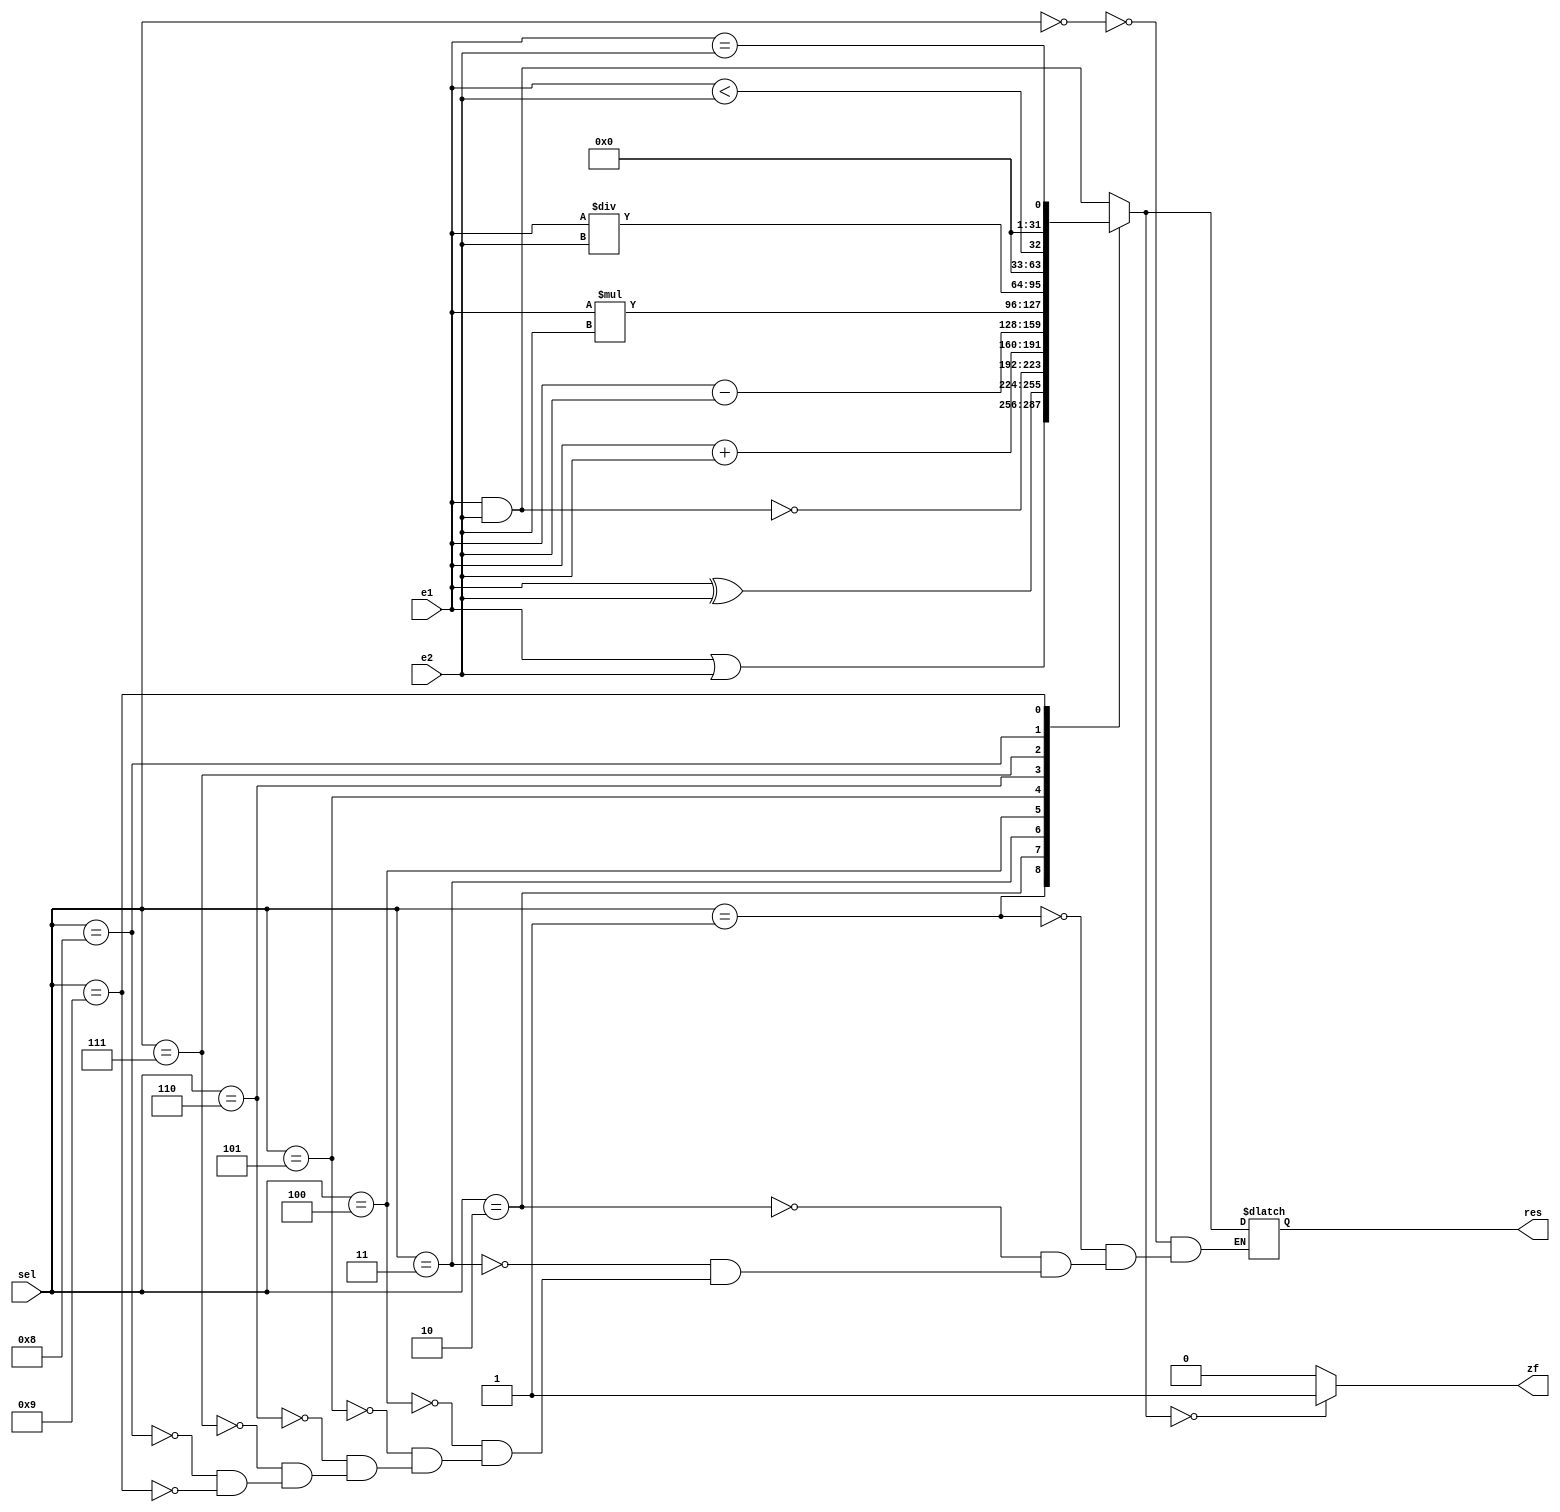
module ALU(
input [31:0] e1, e2,
input [3:0] sel,
output reg zf,
output reg [31:0] res
);
always @(*)
	begin
		case (sel) 
			4'b0000:
				begin
					res= e1&e2;
				end
			4'b0001:
				begin
					res= e1|e2;
				end
			4'b0010:
				begin
					res= e1^e2;
				end
			4'b0011:
				begin
					res= ~(e1&e2);
				end
			4'b0100:
				begin
					res= e1+e2;
				end
			4'b0101:
				begin
					res= e1-e2;
				end
			4'b0110:
				begin
					res= e1*e2;
				end
			4'b0111:
				begin
					res= e1/e2;
				end
			4'b1000:
				begin
					 res= e1<e2;
				end
			4'b1001:
				begin
					 res= e1==e2;
				end
		endcase
		case (res)
			32'b0:
				begin
					zf=1;
				end
		default:
			zf=0;
		endcase
	end

endmodule